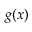
g ( \boldsymbol { x } )